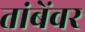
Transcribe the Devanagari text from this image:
तांबेंवर